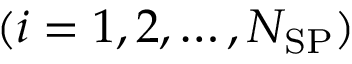
( i = 1 , 2 , \ldots , N _ { \mathrm { S P } } )